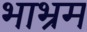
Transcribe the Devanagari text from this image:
भाभ्रम